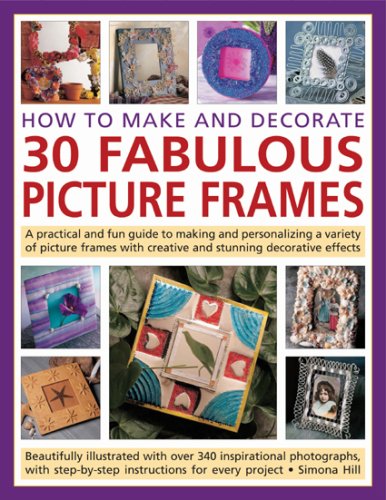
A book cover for How to Make and Decorate 30 Fabulous Picture Frames: A practical guide to frame-making, from creating professional-quality frames to embellishing frames with decorative effects; Simona Hill; Crafts, Hobbies & Home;